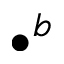
\bullet ^ { b }